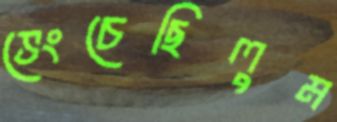
ভেংচেছিলুম